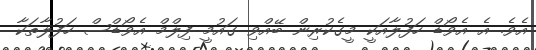
އެވެ. އެ އެވޯޑް ހަފުލާއަކީ މީގެކުރިން ބޭއްވި ގައުމީ ފިލްމް އެވޯޑްސް ހަފުލާތަކާ